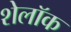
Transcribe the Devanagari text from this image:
शेलॉक